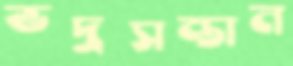
ভদ্রসন্তান